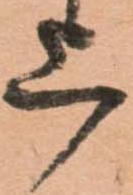
上